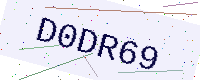
Text: D0DR69